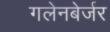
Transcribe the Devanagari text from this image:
गलेनबेर्जर